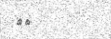
٢٠